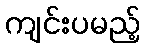
ကျင်းပမည့်